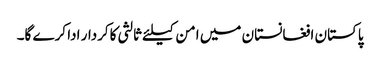
پاکستان افغانستان میں امن کیلئے ثالثی کاکردار ادا کرے گا۔